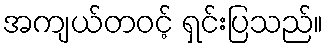
အကျယ်တဝင့် ရှင်းပြသည်။